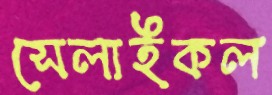
সেলাইকল